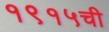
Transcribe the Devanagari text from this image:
१९१५ची